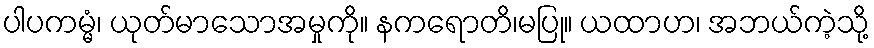
ပါပကမ္မံ၊ ယုတ်မာသောအမှုကို။ နကရောတိ၊မပြု။ ယထာဟ၊ အဘယ်ကဲ့သို့